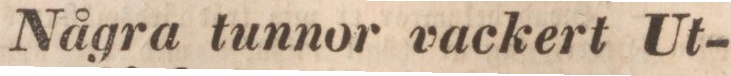
Några tunnor vackert Ut-